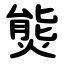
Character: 熋